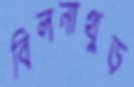
বিলনাথুড়